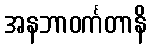
အနဘာဝင်္ကတာနိ